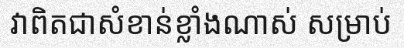
វាពិតជាសំខាន់ខ្លាំងណាស់ សម្រាប់